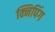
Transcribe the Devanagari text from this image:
क्निपिंग